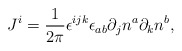
\begin{align*}J^i=\frac 1{2\pi }{\bf \epsilon }^{ijk}\epsilon _{ab}\partial_jn^a\partial _kn^b,\end{align*}